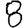
Digit: 8